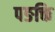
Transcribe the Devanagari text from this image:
पङक्ति